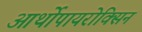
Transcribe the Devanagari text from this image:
आर्थोपायरोक्सिन